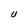
Character: U